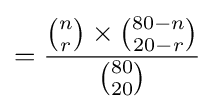
={{n \choose r}\times {{80-n} \choose {20-r}} \over {80 \choose 20}}